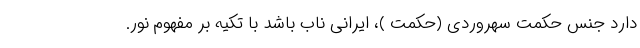
دارد جنس حکمت سهروردی (حکمت )، ایرانیِ ناب باشد با تکیه بر مفهوم نور.